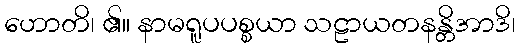
ဟောတိ၊ ၏။ နာမရူပပစ္စယာ သဠာယတနန္တိအာဒိ၊